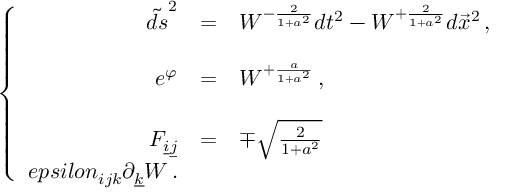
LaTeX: \left\{ \begin{array} { r c l } { { \tilde { d s } ^ { 2 } } } & { { = } } & { { W ^ { - \frac { 2 } { 1 + a ^ { 2 } } } d t ^ { 2 } - W ^ { + \frac { 2 } { 1 + a ^ { 2 } } } d \vec { x } ^ { 2 } \, , } } \\ { { } } & { { } } & { { } } \\ { { e ^ { \varphi } } } & { { = } } & { { W ^ { + \frac { a } { 1 + a ^ { 2 } } } \, , } } \\ { { } } & { { } } & { { } } \\ { { F _ { \underline { { { i } } } \underline { { { j } } } } } } & { { = } } & { { \mp \sqrt { \frac { 2 } { 1 + a ^ { 2 } } } } } \\ { { e p s i l o n _ { i j k } \partial _ { \underline { { { k } } } } W \, . } } \end{array} \right.